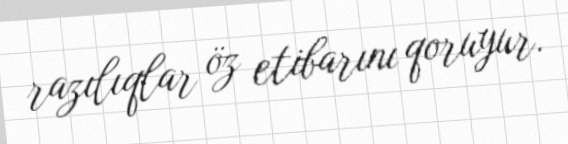
razılıqlar öz etibarını qoruyur.